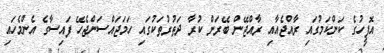
އޮފީހުގެ ކަންކަމުގައި ރާއްޖެއާއި ރާއްޖޭން ބޭރަށް ކުރާ ދަތުރުތަކުގައި ހަމަޖައްސަންޖެހޭ ފައިސާގެ އެންމެހައި